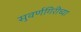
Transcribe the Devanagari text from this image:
सुवर्णगिरीच्या